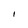
Character: I